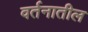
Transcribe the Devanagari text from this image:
वर्तनातील